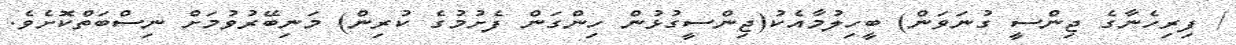
/ ފިރިހެނާގެ ޖިންސީ ގުނަވަން) ބީހިލުމާއެކު(ޖިންސީގުޅުން ހިންގަން ފެށުމުގެ ކުރިން) މަނިބޭރުވުމަށް ނިސްބަތްކޮށެވެ.